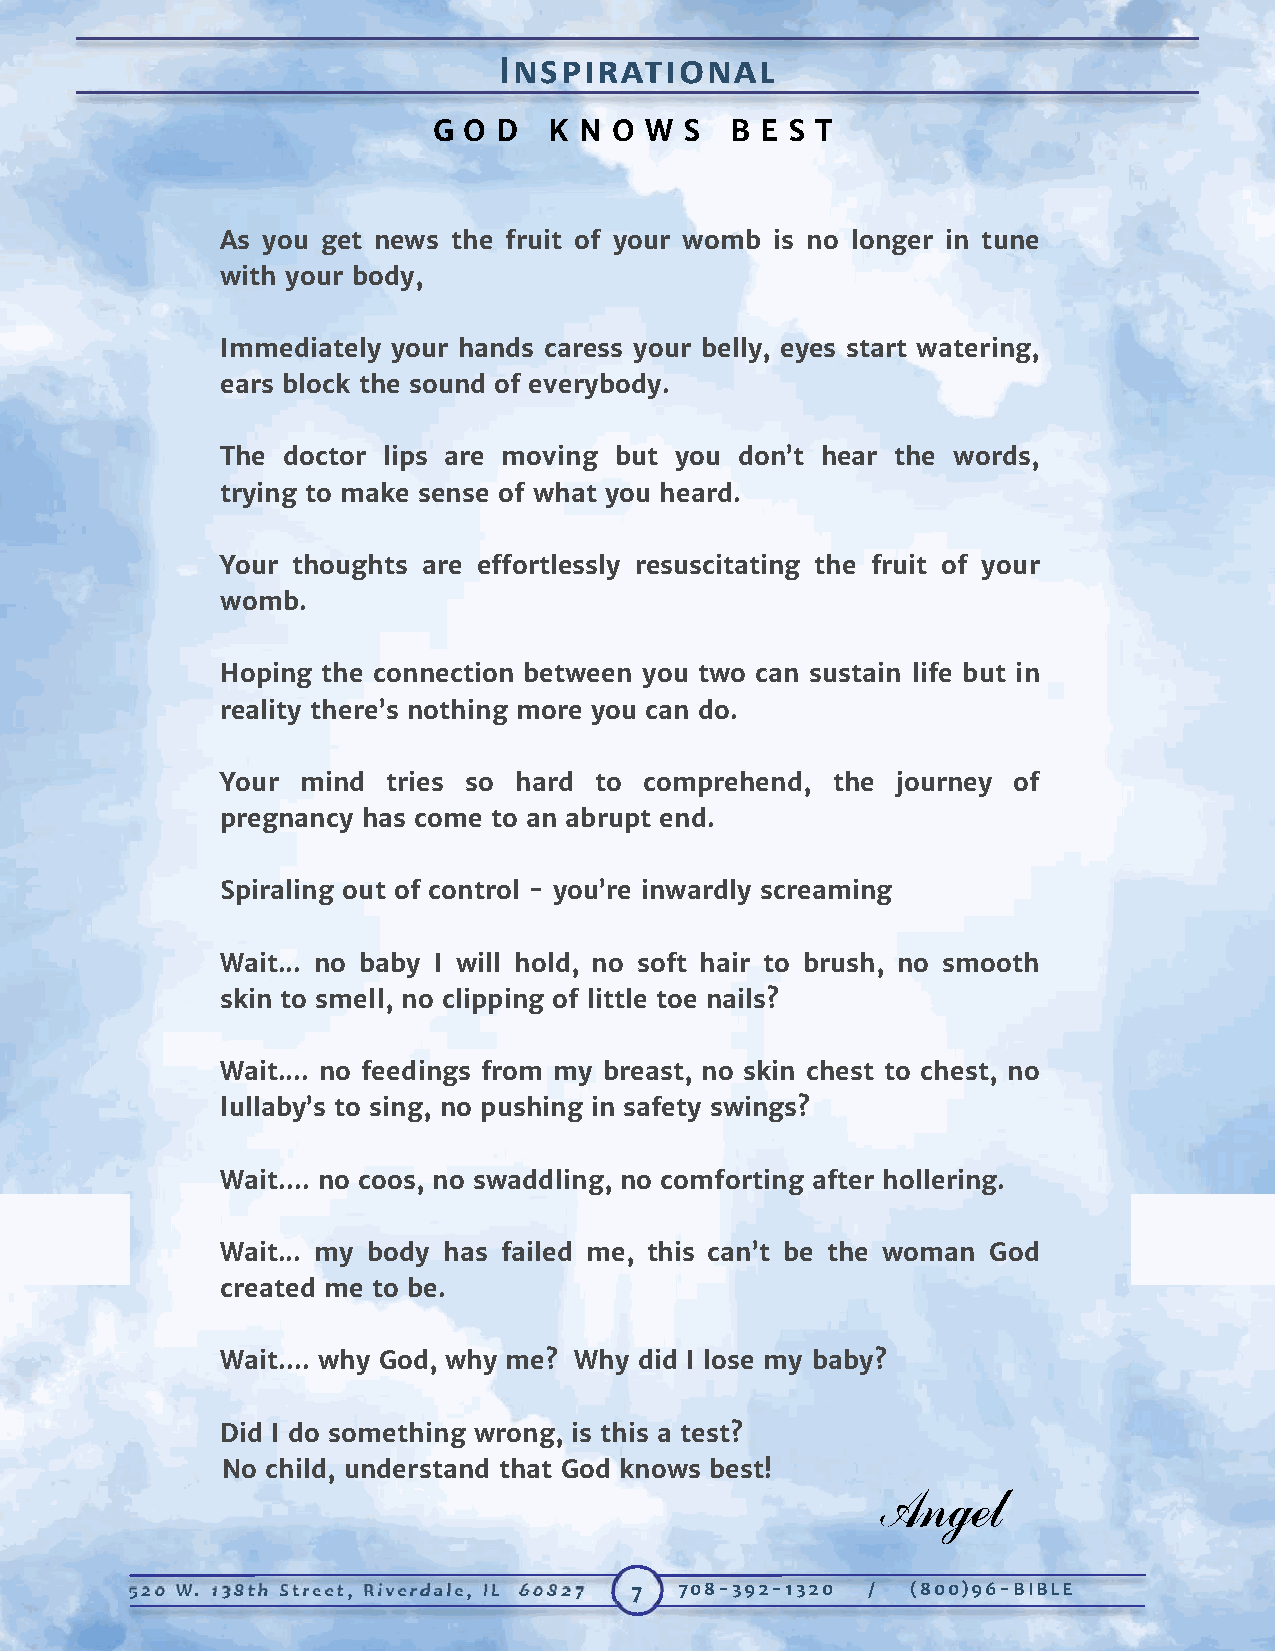
INSPIRATIONAL
 G O D  K N  O W S  B E S T
 As you get news the fruit of your womb is no longer in tune
 with your body,
 Immediately your hands caress your belly, eyes start watering,
 ears block the sound of everybody.
 The doctor lips are moving but you don’t hear the words,
 trying to make sense of what you heard.
 Your thoughts are effortlessly resuscitating the fruit of your
 womb.
 Hoping the connection between you two can sustain life but in
 reality there’s nothing more you can do.
 Your mind  tries so hard to comprehend, the journey of
 pregnancy has come to an abrupt end.
 Spiraling out of control - you’re inwardly screaming
 Wait... no baby I will hold, no soft hair to brush, no smooth
 skin to smell, no clipping of little toe nails?
 Wait.... no feedings from my breast, no skin chest to chest, no
 lullaby’s to sing, no pushing in safety swings?
 Wait.... no coos, no swaddling, no comforting after hollering.
 Wait... my body has failed me, this can’t be the woman God
 created me to be.
 Wait.... why God, why me? Why did I lose my baby?
 Did I do something wrong, is this a test?
 No child, understand that God knows best!
 Angel
 520 W. 138th Street, Riverdale, IL 60827 7 708-392-1320 / (800)96-BIBLE